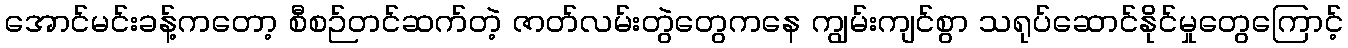
အောင်မင်းခန့်ကတော့ စီစဉ်တင်ဆက်တဲ့ ဇာတ်လမ်းတွဲတွေကနေ ကျွမ်းကျင်စွာ သရုပ်ဆောင်နိုင်မှုတွေကြောင့်